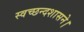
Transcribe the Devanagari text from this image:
स्वच्छन्दशासने।